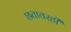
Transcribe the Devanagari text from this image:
छतावरही